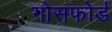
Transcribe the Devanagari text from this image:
गोसफोर्ड